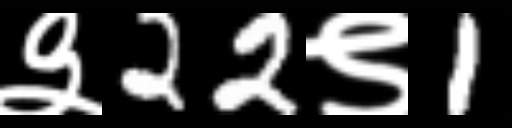
Text: ३22९1